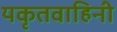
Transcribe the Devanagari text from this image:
यकृतवाहिनी